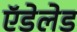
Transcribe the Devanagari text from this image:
ऍडेलेड